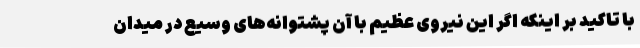
با تاکید بر اینکه اگر این نیروی عظیم با آن پشتوانه‌های وسیع در میدان